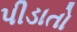
પીડાતો